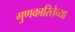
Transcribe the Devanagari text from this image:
गुणकारितेच्या